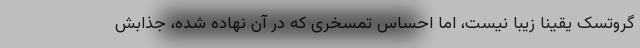
گروتسک یقیناً زیبا نیست، اما احساس تمسخری که در آن نهاده شده، جذابش